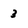
Character: 3